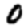
Digit: 0